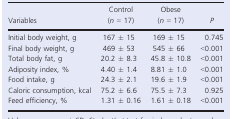
<table><thead><tr><td><b>Variables</b></td><td><b>Control (<i>n</i> = 17)</b></td><td><b>Obese (<i>n</i> = 17)</b></td><td><b><i>P</i></b></td></tr></thead><tbody><tr><td>Initial body weight, g</td><td>167 ± 15</td><td>169 ± 15</td><td>0.745</td></tr><tr><td>Final body weight, g</td><td>469 ± 53</td><td>545 ± 66</td><td>&lt;0.001</td></tr><tr><td>Total body fat, g</td><td>20.2 ± 8.3</td><td>45.8 ± 10.8</td><td>&lt;0.001</td></tr><tr><td>Adiposity index, %</td><td>4.40 ± 1.4</td><td>8.81 ± 1.0</td><td>&lt;0.001</td></tr><tr><td>Food intake, g</td><td>24.3 ± 2.1</td><td>19.6 ± 1.9</td><td>&lt;0.001</td></tr><tr><td>Caloric consumption, kcal</td><td>75.2 ± 6.6</td><td>75.5 ± 7.3</td><td>0.925</td></tr><tr><td>Feed efficiency, %</td><td>1.31 ± 0.16</td><td>1.61 ± 0.18</td><td>&lt;0.001</td></tr></tbody></table>